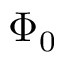
\Phi _ { 0 }